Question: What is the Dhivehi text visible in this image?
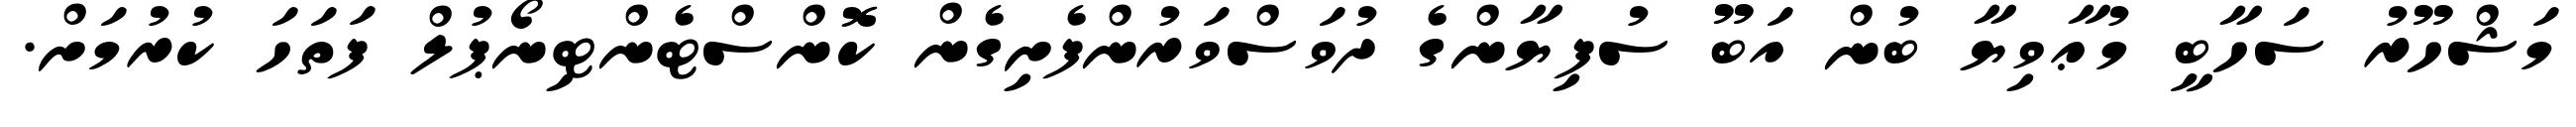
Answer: މަޝްހޫރު ސަހާބީ މުޢާވިޔާ ބުން އަބޫ ސުފިޔާންގެ ދުވަސްވަރުންފެށިގެން ކޮންސްޓެންޓިނޯޕުލް ފަތަހަ ކުރުމަށް.